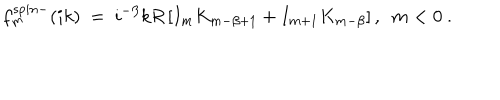
LaTeX: f _ { m } ^ { s p i n - } ( i k ) \ = \ i ^ { - \beta } k R \left[ I _ { m } K _ { m - \beta + 1 } + I _ { m + 1 } K _ { m - \beta } \right] , \ \ m < 0 \ .